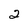
Character: 2